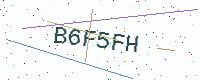
Text: B6F5FH